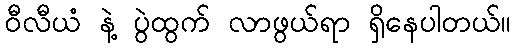
ဝီလီယံ နဲ့ ပွဲထွက် လာဖွယ်ရာ ရှိနေပါတယ်။